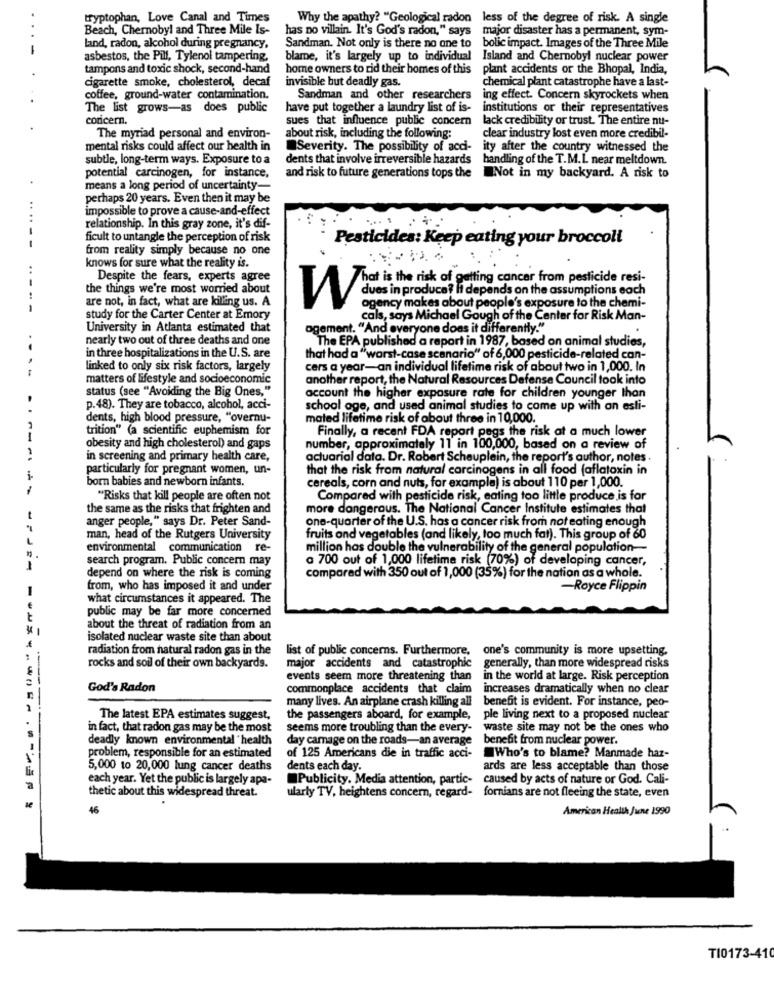
tryptophan, Love Canal and Times
Why the apathy? "Geological radon less of the degree of risk. A single
Beach, Chernobyl and Three Mile Is-
has no villain. It's God's radon," says major disaster has a permanent, sym-
land, radon, alcohol during pregnancy,
Sandman. Not only is there no one to
bolic impact. Images of the Three Mile
asbestos, the Pill, Tylenol tampering,
blame, it's largely up to individual Island and Chernobyl nuclear power
tampons and toxic shock, second-hand
home owners to rid their homes of this
plant accidents or the Bhopal, India,
cigarette smoke, cholesterol, decaf
invisible but deadly gas.
chemical plant catastrophe have a last-
coffee, ground-water contamination.
Sandman and other researchers
ing effect. Concern skyrockets when
The list grows-as does public
have put together a laundry list of is-
institutions or their representatives
coricern.
sues that influence public concern
lack credibility or trust. The entire nu-
The myriad personal and environ-
about risk, including the following:
clear industry lost even more credibil-
mental risks could affect our health in
Severity. The possibility of acci-
ity after the country witnessed the
subtle, long-term ways. Exposure to a
dents that involve irreversible hazards
handling of the T.M.L near meltdown.
potential carcinogen, for instance,
and risk to future generations tops the
Not in my backyard. A risk to
means a long period of uncertainty-
perhaps 20 years. Even then it may be
...
impossible to prove a cause-and-effect
relationship. In this gray zone, it's dif-
ficult to untangle the perception of risk
Pesticides: Keep eating your broccoli
from reality simply because no one
..
knows for sure what the reality is.
Despite the fears, experts agree
hat is the risk of getting cancer from pesticide resi-
the things we're most worried about
are not, in fact, what are killing us. A
agency makes about people's exposure to the chemi-
Tues in produce? It depends on the assumptions each
study for the Carter Center at Emory
cals, says Michael Gough of the Center for Risk Man-
University in Atlanta estimated that
agement. "And everyone does it differently."
nearly two out of three deaths and one
The EPA published a raport in 1987, based on animal studies,
in three hospitalizations in the U.S. are
that had a "worst-case scenario" of 6,000 pesticide-related can-
linked to only six risk factors, largely
cers a year-an individual lifetime risk of about two in 1,000. In
matters of lifestyle and socioeconomic
another report, the Natural Resources Defense Council took into
status (see "Avoiding the Big Ones,"
account the higher exposure rate for children younger than
p.48). They are tobacco, alcohol, acci-
school oge, and used animal studies to come up with on esti-
dents, high blood pressure, "overnu-
mated lifetime risk of about three in 10,000.
trition" (a scientific euphemism for
Finally, a recent FDA report pegs the risk at a much lower
obesity and high cholesterol) and gaps
number, approximately 11 in 100,000, based on a review of
in screening and primary health care,
actuarial data. Dr. Robert Schauplein, the report's author, notes .
particularly for pregnant women, un-
that the risk from natural carcinogens in all food (aflatoxin in
born babies and newborn infants.
cereals, corn and nuts, for example) is about 110 per 1,000.
-
"Risks that kill people are often not
Compared with pesticide risk, eating too little produce is for
the same as the risks that frighten and
more dangerous. The National Cancer Institute estimates that
anger people," says Dr. Peter Sand-
one-quarter of the U.S. has a cancer risk from not eating enough
man, head of the Rutgers University
fruits and vegetables (and likely, too much fat). This group of 60
environmental communication re-
million has double the vulnerability of the general population-
search program. Public concern may
a 700 out of 1,000 lifetime risk (70%) of developing cancer,
depend on where the risk is coming
compared with 350 out of 1,000 (35%) for the nation as a whole.
from, who has imposed it and under
-Royce Flippin
-
what circumstances it appeared. The
public may be far more concerned
about the threat of radiation from an
isolated nuclear waste site than about
radiation from natural radon gas in the
list of public concerns. Furthermore, one's community is more upsetting.
rocks and soil of their own backyards.
major accidents and catastrophic
generally, than more widespread risks
events seem more threatening than
in the world at large. Risk perception
God's Radon
commonplace accidents that claim
increases dramatically when no clear
-----
many lives. An airplane crash killing all
benefit is evident. For instance, peo-
The latest EPA estimates suggest,
the passengers aboard, for example,
ple living next to a proposed nuclear
-
in fact, that radon gas may be the most
seems more troubling than the every-
waste site may not be the ones who
deadly known environmental health
day camage on the roads-an average
benefit from nuclear power.
problem, responsible for an estimated
of 125 Americans die in traffic acci-
Who's to blame? Manmade haz-
5,000 to 20,000 lung cancer deaths
dents each day.
ards are less acceptable than those
each year. Yet the public is largely apa-
Publicity. Media attention, partic-
caused by acts of nature or God. Cali-
fornians are not fleeing the state, even
thetic about this widespread threat.
ularly TV, heightens concern, regard-
46
American Health June 1990
TI0173-410